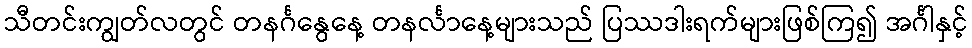
သီတင်းကျွတ်လတွင် တနင်္ဂနွေနေ့ တနင်္လာနေ့များသည် ပြဿဒါးရက်များဖြစ်ကြ၍ အင်္ဂါနှင့်